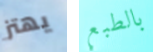
يهتز بالطبع